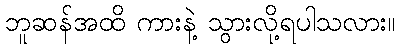
ဘူဆန်အထိ ကားနဲ့ သွားလို့ရပါသလား။